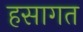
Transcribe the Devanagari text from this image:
हसागत